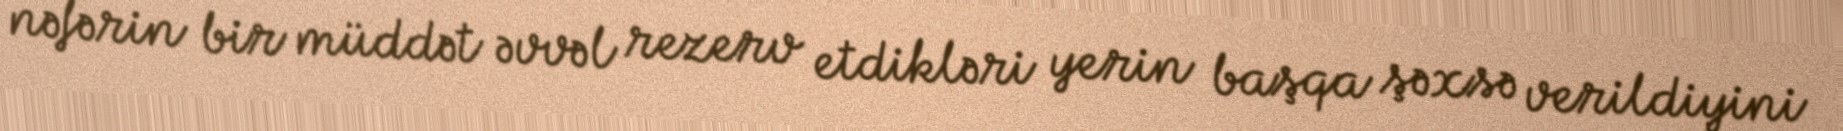
nəfərin bir müddət əvvəl rezerv etdikləri yerin başqa şəxsə verildiyini